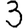
Digit: 3